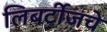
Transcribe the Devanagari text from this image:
लिबर्टीजचे